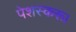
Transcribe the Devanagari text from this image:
पेशस्‍करू।